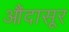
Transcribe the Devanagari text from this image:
औंदासूर